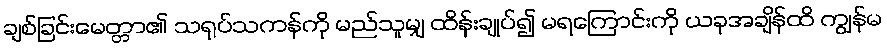
ချစ်ခြင်းမေတ္တာ၏ သရုပ်သကန်ကို မည်သူမျှ ထိန်းချုပ်၍ မရကြောင်းကို ယခုအချိန်ထိ ကျွန်မ